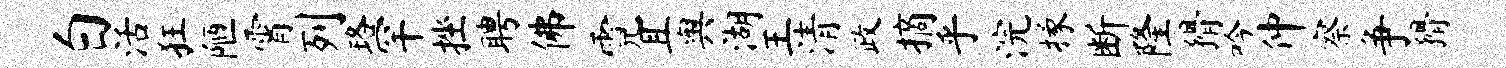
白活狂陋霄列珞罕挫聘佛霓且舆湖王清政摘乎浣掾断隆猾吟仲察争猾